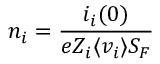
n _ { i } = { \frac { i _ { i } ( 0 ) } { e Z _ { i } \langle v _ { i } \rangle S _ { F } } }